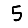
Digit: 5